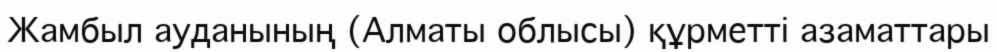
Жамбыл ауданының (Алматы облысы) құрметті азаматтары